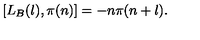
[ L _ { B } ( l ) , \pi ( n ) ] = - n \pi ( n + l ) .